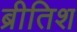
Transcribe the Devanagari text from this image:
ब्रीतिश